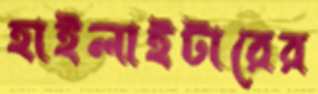
হাইলাইটারের